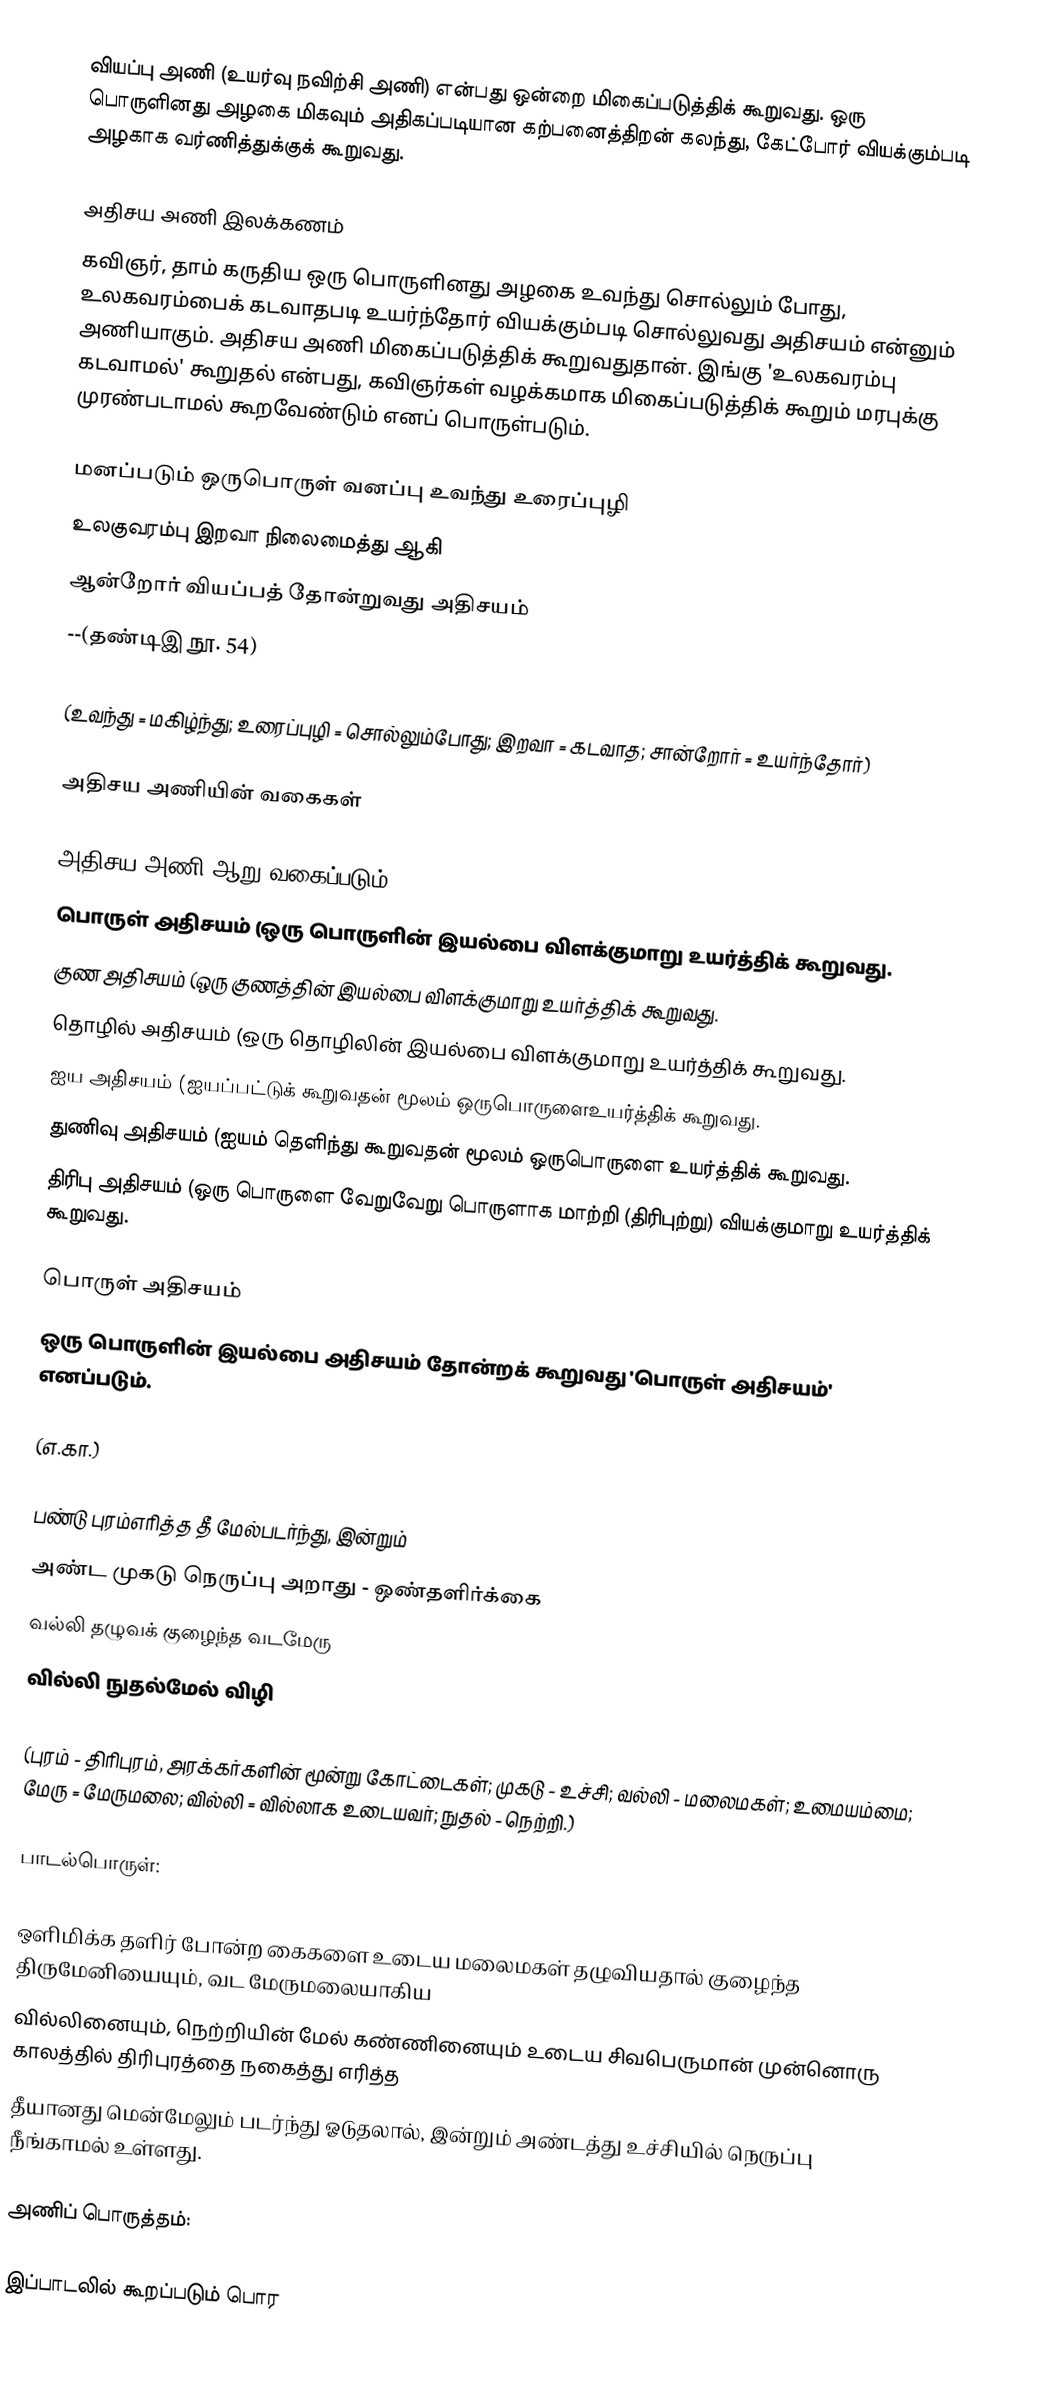
வியப்பு அணி (உயர்வு நவிற்சி அணி) என்பது ஒன்றை மிகைப்படுத்திக் கூறுவது. ஒரு பொருளினது அழகை மிகவும் அதிகப்படியான கற்பனைத்திறன் கலந்து, கேட்போர் வியக்கும்படி அழகாக வர்ணித்துக்குக் கூறுவது.

அதிசய அணி இலக்கணம்
கவிஞர், தாம் கருதிய ஒரு பொருளினது அழகை உவந்து சொல்லும் போது, உலகவரம்பைக் கடவாதபடி உயர்ந்தோர் வியக்கும்படி சொல்லுவது அதிசயம் என்னும் அணியாகும். அதிசய அணி மிகைப்படுத்திக் கூறுவதுதான். இங்கு 'உலகவரம்பு கடவாமல்' கூறுதல் என்பது, கவிஞர்கள் வழக்கமாக மிகைப்படுத்திக் கூறும் மரபுக்கு முரண்படாமல் கூறவேண்டும் எனப் பொருள்படும்.

மனப்படும் ஒருபொருள் வனப்பு உவந்து உரைப்புழி
உலகுவரம்பு இறவா நிலைமைத்து ஆகி
ஆன்றோர் வியப்பத் தோன்றுவது அதிசயம்
                                   --(தண்டிஇ நூ. 54)

(உவந்து = மகிழ்ந்து; உரைப்புழி = சொல்லும்போது; இறவா = கடவாத; சான்றோர் = உயர்ந்தோர்)

அதிசய அணியின் வகைகள்

அதிசய அணி ஆறு வகைப்படும்.
 பொருள் அதிசயம் (ஒரு பொருளின் இயல்பை விளக்குமாறு உயர்த்திக் கூறுவது.
 குண அதிசயம் (ஒரு குணத்தின் இயல்பை விளக்குமாறு உயர்த்திக் கூறுவது.
 தொழில் அதிசயம் (ஒரு தொழிலின் இயல்பை விளக்குமாறு உயர்த்திக் கூறுவது.
 ஐய அதிசயம் (ஐயப்பட்டுக் கூறுவதன் மூலம் ஒருபொருளைஉயர்த்திக் கூறுவது.
 துணிவு அதிசயம் (ஐயம் தெளிந்து கூறுவதன் மூலம் ஒருபொருளை உயர்த்திக் கூறுவது.
 திரிபு அதிசயம் (ஒரு பொருளை வேறுவேறு பொருளாக மாற்றி (திரிபுற்று) வியக்குமாறு உயர்த்திக் கூறுவது.

பொருள் அதிசயம்
ஒரு பொருளின் இயல்பை அதிசயம் தோன்றக் கூறுவது 'பொருள் அதிசயம்' எனப்படும்.

(எ.கா.)

பண்டு புரம்எரித்த தீ மேல்படர்ந்து, இன்றும்
அண்ட முகடு நெருப்பு அறாது - ஒண்தளிர்க்கை
வல்லி தழுவக் குழைந்த வடமேரு
வில்லி நுதல்மேல் விழி

(புரம் - திரிபுரம், அரக்கர்களின் மூன்று கோட்டைகள்; முகடு - உச்சி; வல்லி - மலைமகள்; உமையம்மை; மேரு = மேருமலை; வில்லி = வில்லாக உடையவர்; நுதல் - நெற்றி.)

பாடல்பொருள்:

ஒளிமிக்க தளிர் போன்ற கைகளை உடைய மலைமகள் தழுவியதால் குழைந்த திருமேனியையும், வட மேருமலையாகிய
வில்லினையும், நெற்றியின் மேல் கண்ணினையும் உடைய சிவபெருமான் முன்னொரு காலத்தில் திரிபுரத்தை நகைத்து எரித்த
தீயானது மென்மேலும் படர்ந்து ஓடுதலால், இன்றும் அண்டத்து உச்சியில் நெருப்பு நீங்காமல் உள்ளது.

அணிப் பொருத்தம்:

இப்பாடலில் கூறப்படும் பொர